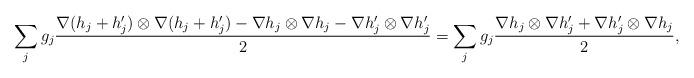
LaTeX: \begin{align*}\sum_jg_j\frac{\nabla (h_j+h_j')\otimes\nabla(h_j+ h_j')-\nabla h_j\otimes\nabla h_j-\nabla h_j'\otimes\nabla h_j'}2=\sum_jg_j\frac{\nabla h_j\otimes\nabla h_j'+\nabla h_j'\otimes\nabla h_j}2,\end{align*}